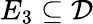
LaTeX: E_{3}\subseteq{\mathcal{D}}